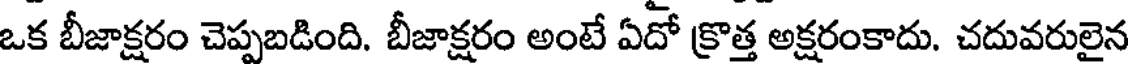
ఒక బీజాక్షరం చెప్పబడింది. బీజాక్షరం అంటే ఏదో క్రొత్త అక్షరంకాదు. చదువరులైన